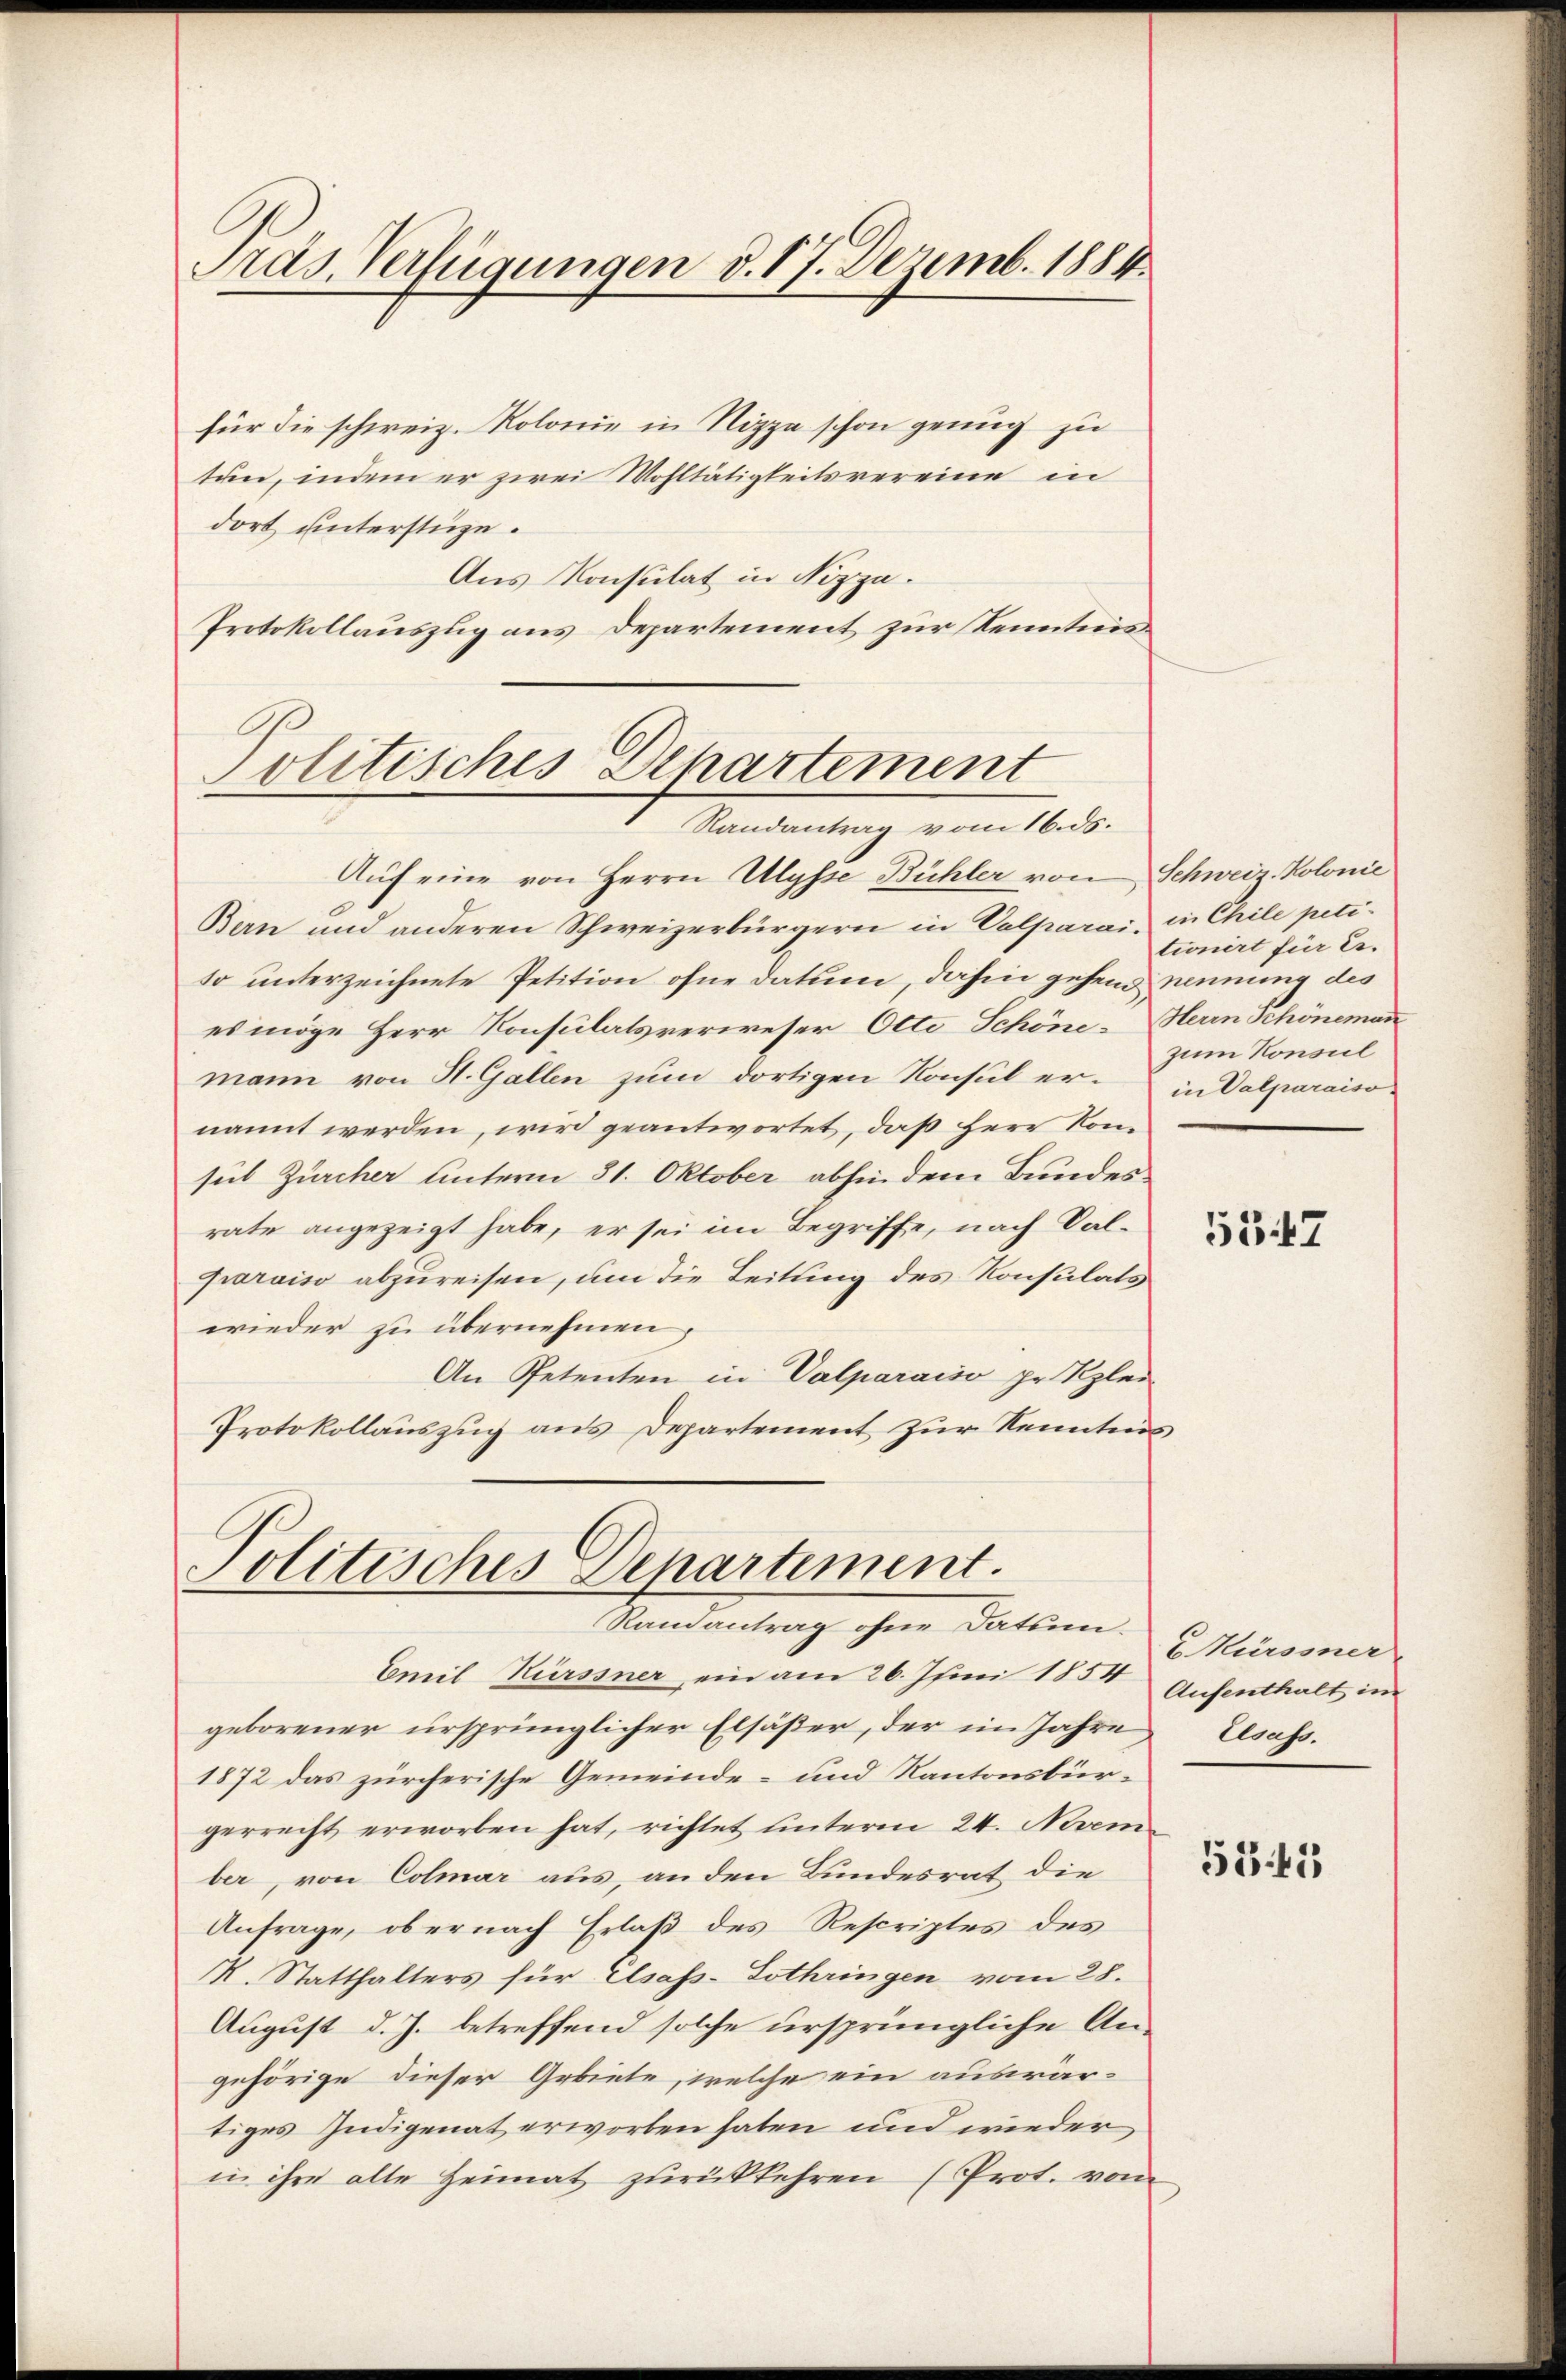
Pras. Verfügungen d. 17. Dezemb. 1884.

für die schweiz. Kolonie in Nizza schon genug zu
tun, indem er zwei Wohltätigkeitsvereine in
dort unterstüze.
Aus Konsulat in Nizza.
Protokollauszug aus Departement zur Kenntnis¬

Politisches Departement
Randantrag vom 16. ds.

Auf eine von Herrn Ulysse Bühler von Schweiz. Kolonie
Bern und anderen Schweizerbürgern in Valparai, in Chile petiso unterzeichnete Petition ohne datum, dahin gehen nennung des
es möge Herr Konsulatsverweser Otte Schöne Herrn Schöneman
mann von St. Gallen zum dortigen Konsul erin Dalparaiso
nannt werden, wird geantwortet, daß Herr Konsub Zürcher unterm 31. Oktober abhin dem Bunder
rate angezeigt habe, er sei im Begriffe, nach Sal-
paroiso abzureisen, um die Leitung des Konsulats
wieder zu übernehmen,
An Petenten in Valparaiso pr. Klei¬
Protokollauszug aus Departement zur Kenntnis

Politisches Departement.
Randantrag ohne Satin.

tionirt für E.
zum Konsul

Emil Kürssner ein am 26. Juni 1854 Aufenthalt im
geborener ursprünglicher Elsäßer, der im Jahre Elsass.
1872 das zürcherische Gemeinde- und Kantonsbürgerrecht erworben hat, richtet unterm 24. Nam
ber, von Colmar aus, an den Bundesrat die
Anfrage, ob er nach Erlaß des Rescriptes des
K. Statthalters für Elsass-Lothringen vom 28.
August d. J. betreffend solche ursprüngliche An-
gehörige dieser Gebiete, welche ein auswärtiges Indigenat erworben haben und wieder
in ihre alte Heimat zurückkehren (Prot. vom

5347

6 Mürssner

5345